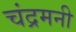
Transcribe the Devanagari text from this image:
चंद्रमनी